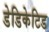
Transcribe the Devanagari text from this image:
डेडिकेटिड